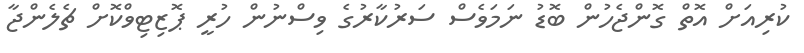
ކުރިއަށް އޮތް ގޮންޖެހުން ބޮޑު ނަމަވެސް ސަރުކާރުގެ ވިސްނުން ހުރީ ޕޮޒިޓިވްކޮށް ޗެލެންޖާ